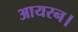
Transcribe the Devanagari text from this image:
आयरन।